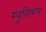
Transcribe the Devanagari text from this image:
म्युनिकच